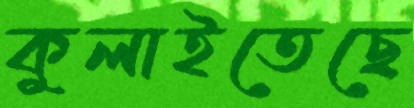
কুলাইতেছে